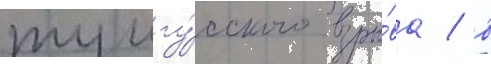
тунгу́сского взры́ва / в